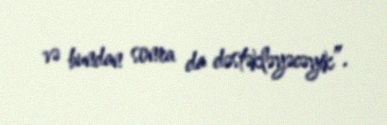
və bundan sonra da dəstəkləyəcəyik”.